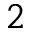
2